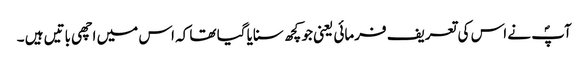
آپؐ نے اس کی تعریف فرمائی یعنی جو کچھ سنایا گیا تھا کہ اس میں اچھی باتیں ہیں ۔